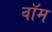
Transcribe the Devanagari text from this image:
वॉम